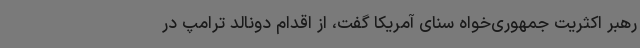
رهبر اکثریت جمهوری‌خواه سنای آمریکا گفت، از اقدام دونالد ترامپ در